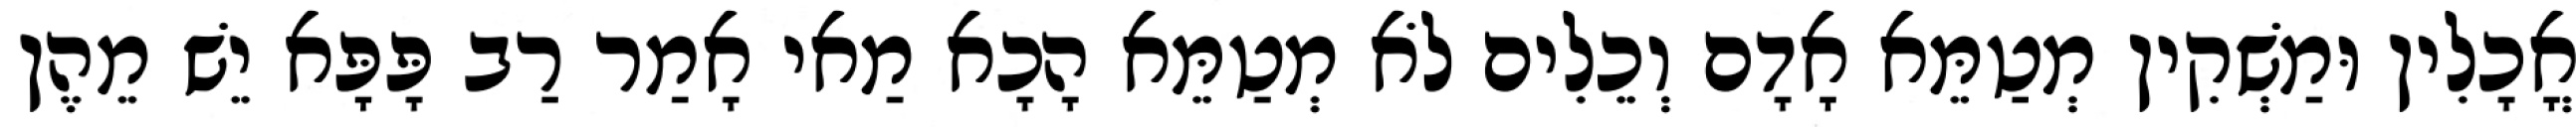
אֳכָלִין וּמַשְׁקִין מְטַמֵּא אָדָם וְכֵלִים לֹא מְטַמֵּא הָכָא מַאי אָמַר רַב פָּפָּא יֵשׁ מֵהֶן